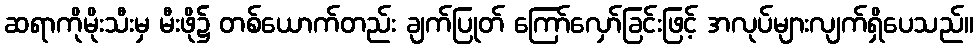
ဆရာကိုမိုးသီးမှ မီးဖို၌ တစ်ယောက်တည်း ချက်ပြုတ် ကြော်လှော်ခြင်းဖြင့် အလုပ်များလျက်ရှိပေသည်။